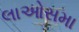
લાઓસમા